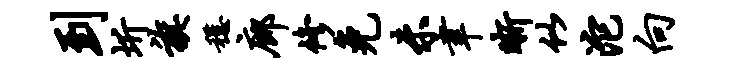
到圻旗稳廊修免未聿晰似沱向